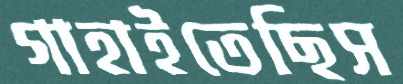
গাহাইতেছিস